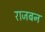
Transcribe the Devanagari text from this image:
राजबन